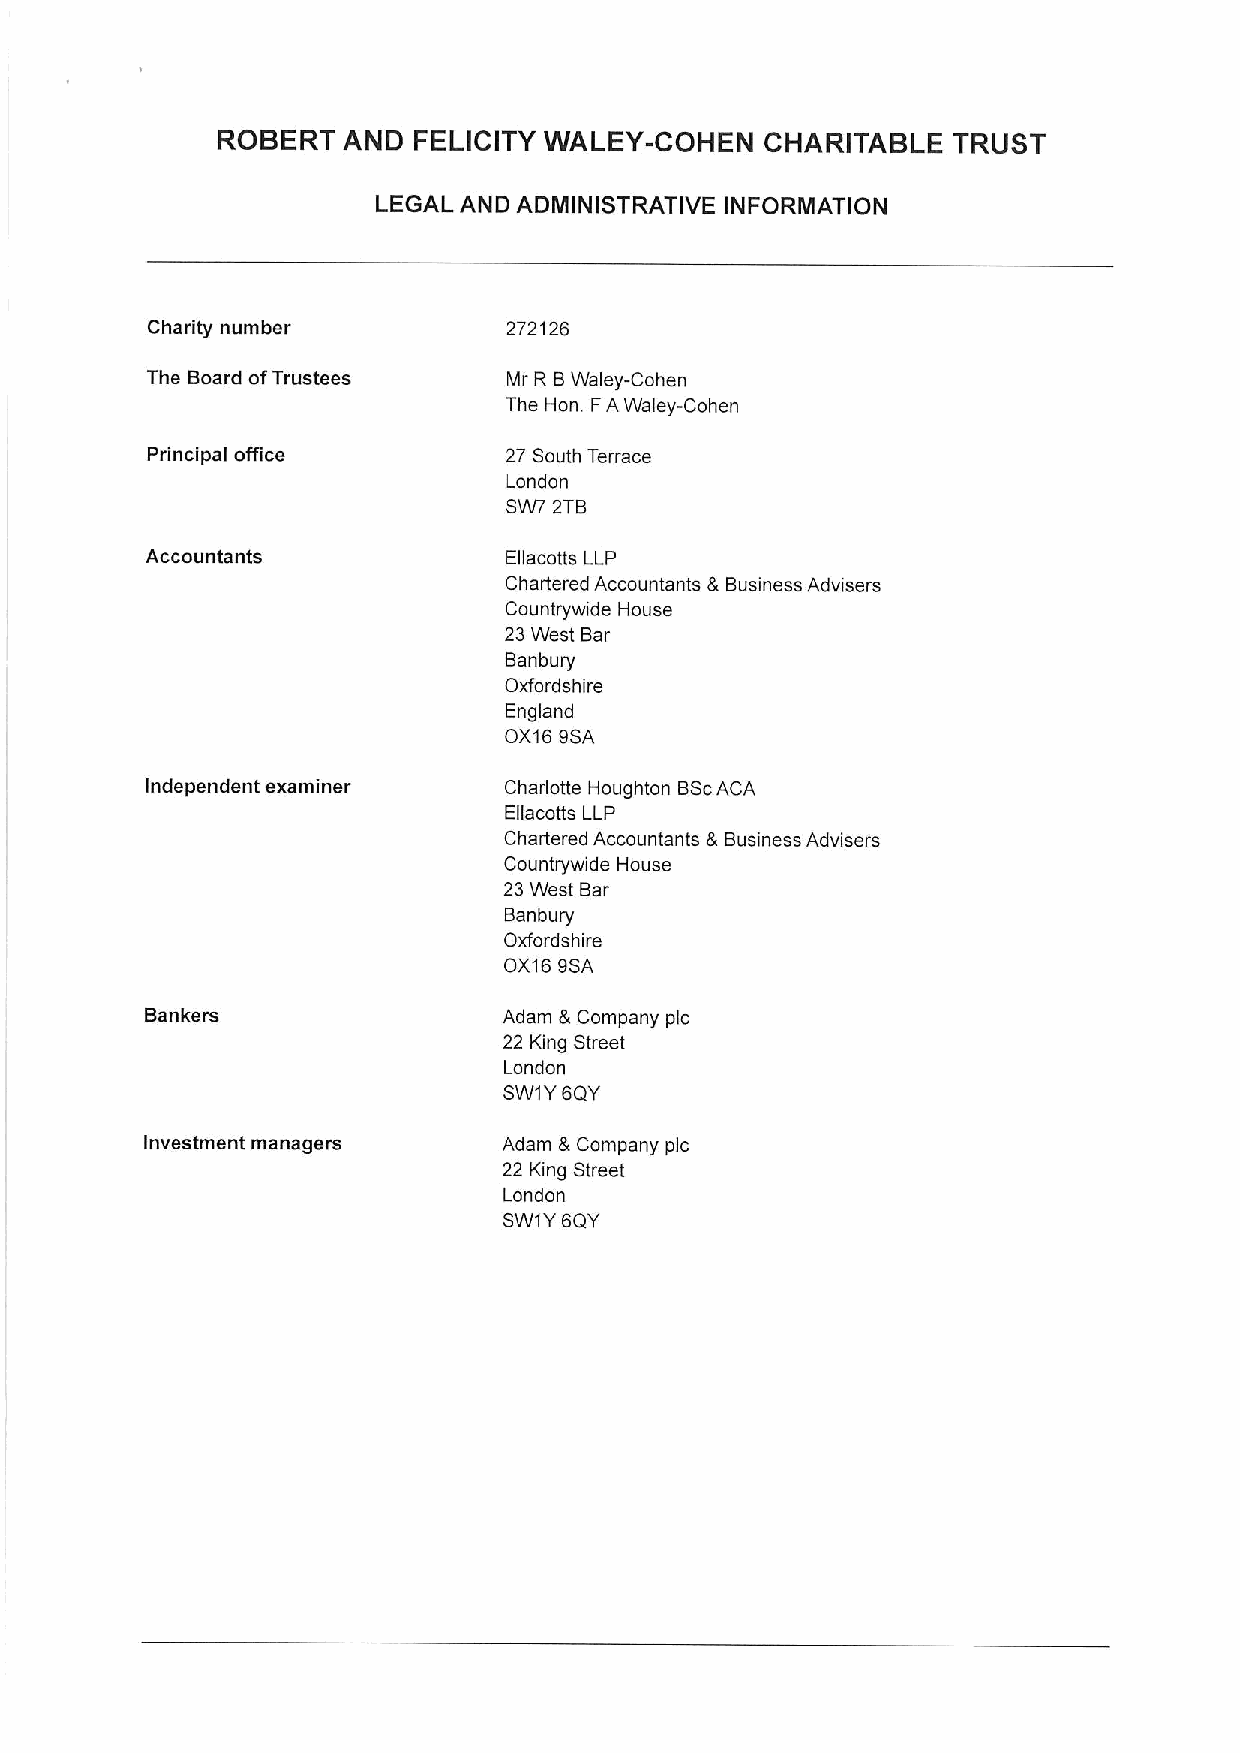
ROBERT   AND FELICITY WALEY-COHEN    CHARITABLE  TRUST
 LEGAL AND ADMINISTRATIVE INFORMATION
 Charity number          272126
 The Board ofTrustees    IVlr R BWaley-Cohen
 The Hon. FAWaley-Cohen
 Principal office       27 South Terrace
 London
 SW7 2TB
 Accountants             Ellacotts LLP
 Chartered Accountants 8 Business Advisers
 Countrywide House
 23West Bar
 Banbury
 Oxfordshire
 England
 OX169SA
 Independent examiner   Charlotte Houghton BScACA
 Ellacotts LLP
 Chartered Accountants 8 Business Advisers
 Countrywide House
 23West Bar
 Banbury
 Oxfordshire
 OX169SA
 Bankers                Adam &Company pic
 22 King Street
 London
 SW1Y6QY
 Investment managers    Adam 8 Company pic
 22 King Street
 London
 SW1YSQY